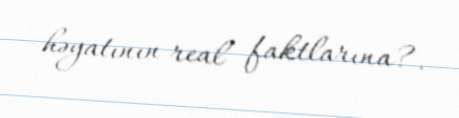
həyatının real faktlarına?.